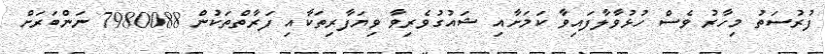
ފުރުސަތު މިހާރު ވެސް ހުޅުވާލާފައިވާ ކަމަށާއި ޝައުގުވެރިވާ ވިޔަފާރިތަކާއި ފަރާތްތަކުން 7980088 ނަންބަރަށް